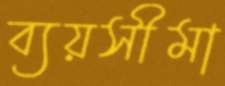
ব্যয়সীমা